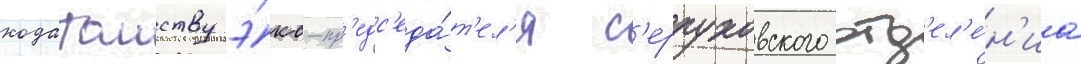
ходатаиству э́кс-пр'едс'еда́т'ел'я с'ерпуховского отд'ел'е́н'иа